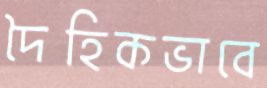
দৈহিকভাবে